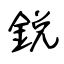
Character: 鋭